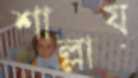
শাল্লায়